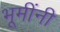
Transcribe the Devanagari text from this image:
भूमींनी